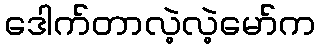
ဒေါက်တာလဲ့လဲ့မော်က